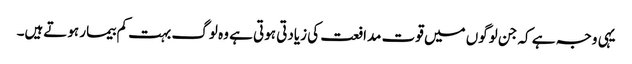
یہی وجہ ہے کہ جن لوگوں میں قوت مدافعت کی زیادتی ہوتی ہے وہ لوگ بہت کم بیمار ہوتےہیں۔